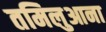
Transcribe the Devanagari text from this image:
तमिलुआना